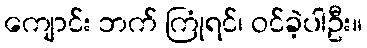
ကျောင်း ဘက် ကြုံရင်၊ ဝင်ခဲ့ပါဦး။